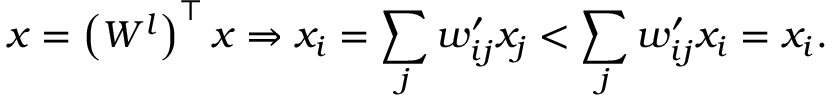
\boldsymbol { x } = \left( W ^ { l } \right) ^ { \top } \boldsymbol { x } \Rightarrow x _ { i } = \sum _ { j } w _ { i j } ^ { \prime } x _ { j } < \sum _ { j } w _ { i j } ^ { \prime } x _ { i } = x _ { i } .